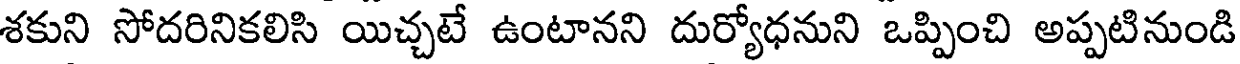
శకుని సోదరినికలిసి యిచ్చటే ఉంటానని దుర్యోధనుని ఒప్పించి అప్పటినుండి